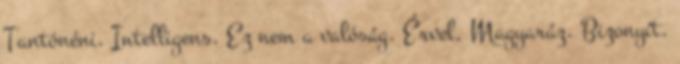
Tantónéni. Intelligens. Ez nem a valóság. Érvel. Magyaráz. Bizonyít.